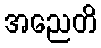
အညေတိ